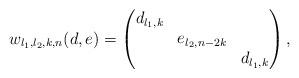
LaTeX: \begin{align*}w_{l_1,l_2,k,n}(d,e)=\begin{pmatrix}d_{l_1,k} \\& e_{l_2,n-2k} \\& & d_{l_1,k}\end{pmatrix},\end{align*}